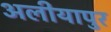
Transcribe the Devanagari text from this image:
अलीयापुर